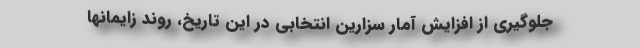
جلوگیری از افزایش آمار سزارین انتخابی در این تاریخ، روند زایمانها